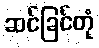
ဆင်ခြင်တုံ